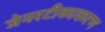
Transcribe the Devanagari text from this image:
जेनरटीकाकरण